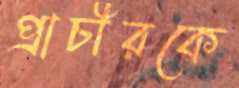
প্রাচীরকে